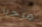
مرحبا